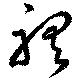
聴